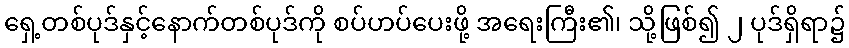
ရှေ့တစ်ပုဒ်နှင့်နောက်တစ်ပုဒ်ကို စပ်ဟပ်ပေးဖို့ အရေးကြီး၏၊ သို့ဖြစ်၍ ၂ ပုဒ်ရှိရာ၌